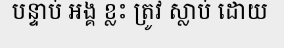
បន្ទាប់ អង្គ ខ្លះ ត្រូវ ស្លាប់ ដោយ